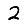
Digit: 2